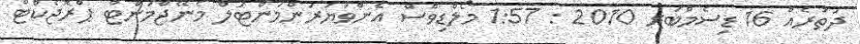
ދަތުރެއް 16 ޑިސެމްބަރ 2010 : 1:57 މޯލްޑިވްސް އެންވަޔަރަންމަންޓަލް މެނޭޖްމަންޓް ޕްރޮޖެކްޓް